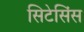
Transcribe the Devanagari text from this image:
सिटेसिंस